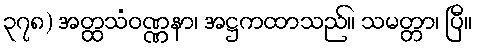
၃၇၈) အတ္ထသံဝဏ္ဏနာ၊ အဋ္ဌကထာသည်။ သမတ္တာ၊ ပြီ။